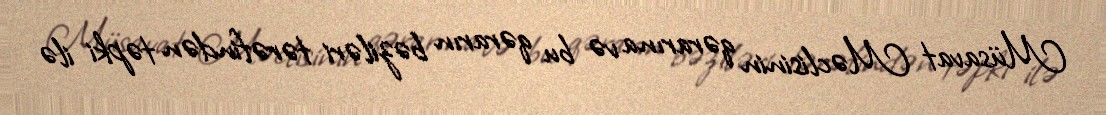
Müsavat Məclisinin qərarına və bu qərarın bəziləri tərəfindən təpki ilə